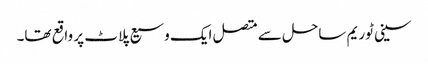
سینی ٹوریم ساحل سے متصل ایک وسیع پلاٹ پر واقع تھا۔